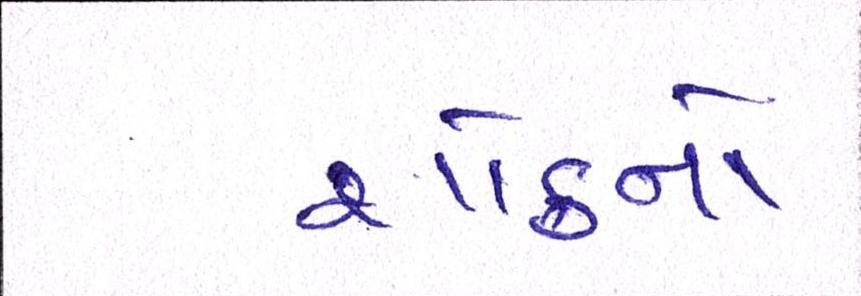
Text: શોકનો